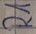
Text: R1